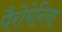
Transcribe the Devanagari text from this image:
पैरोमेनिया